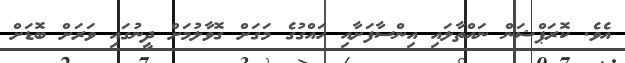
އެވެ. ކޮރަޕްޝަން ނައްތާލައި އިންސާފަށާއި ހައްގުގެ މަގަށް ގޮވާލުމަށް ދީނުގައި ވަރަށް ބޮޑަށް